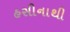
હસીનાથી